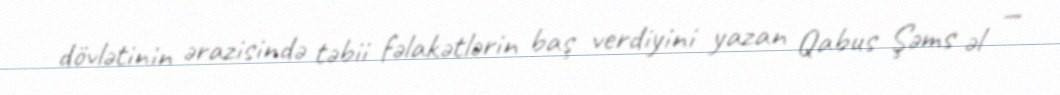
dövlətinin ərazisində təbii fəlakətlərin baş verdiyini yazan Qabus Şəms əl —